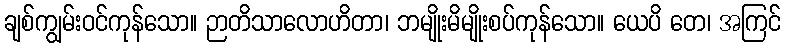
ချစ်ကျွမ်းဝင်ကုန်သော။ ဉာတိသာလောဟိတာ၊ ဘမျိုးမိမျိုးစပ်ကုန်သော။ ယေပိ တေ၊ အကြင်